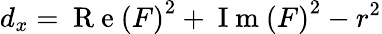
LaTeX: d_{x}=\mathrm{~R~e~}\left(F\right)^{2}+\mathrm{~I~m~}\left(F\right)^{2}-r^{2}